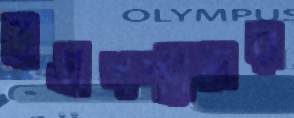
উগ্রপন্থীদের